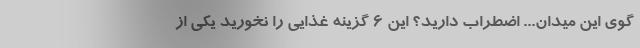
گوی این میدان... اضطراب دارید؟ این 6 گزینه غذایی را نخورید یکی از